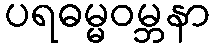
ပရဓမ္မဝမ္ဘနာ